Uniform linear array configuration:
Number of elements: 12
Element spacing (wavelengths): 0.25
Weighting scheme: hamming
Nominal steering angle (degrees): -30
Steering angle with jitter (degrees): -29.268
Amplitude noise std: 0.05
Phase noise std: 0.05

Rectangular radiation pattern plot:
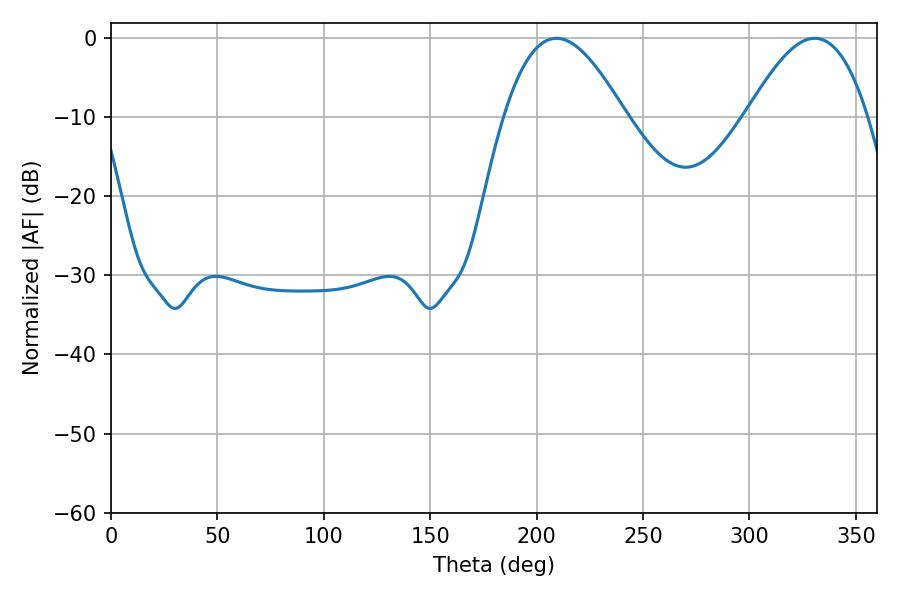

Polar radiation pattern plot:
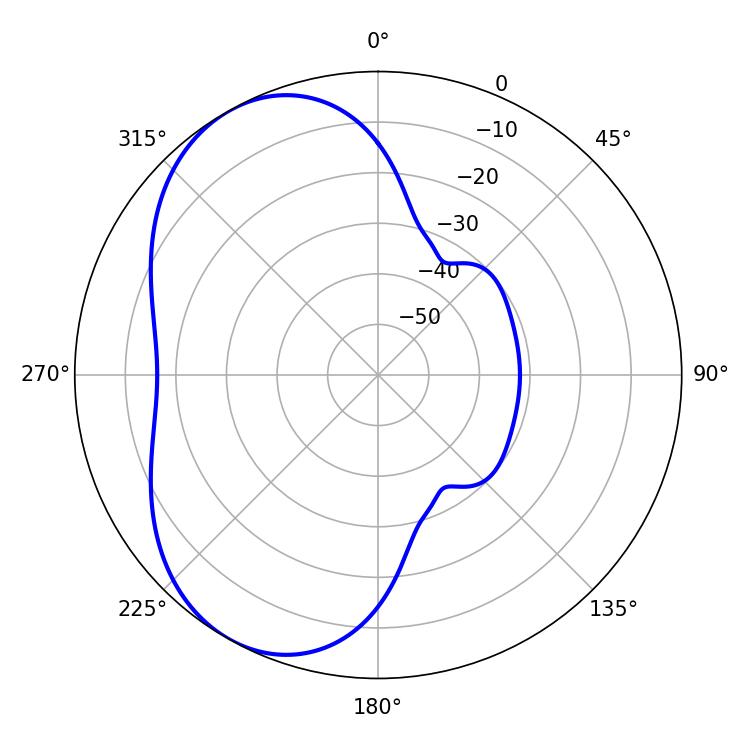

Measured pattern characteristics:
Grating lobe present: FALSE
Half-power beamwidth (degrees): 30.78
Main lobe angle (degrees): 209.34